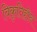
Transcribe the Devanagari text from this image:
विकृतिहीन